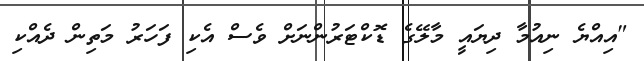
"އިއްޔެ ނިއުމާ ދިޔައީ މާލޭގެ ޑޮކްޓަރުންނަށް ވެސް އެކި ފަހަރު މަތިން ދެއްކި